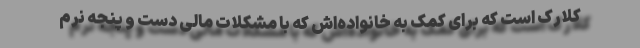
کلارک است که برای کمک به خانواده‌اش که با مشکلات مالی دست و پنجه نرم